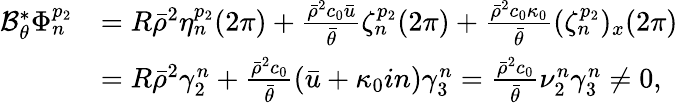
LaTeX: \begin{array}{rl}{\mathcal{B}_{\theta}^{*}\Phi_{n}^{p_{2}}}&{=R\bar{\rho}^{2}\eta_{n}^{p_{2}}(2\pi)+\frac{\bar{\rho}^{2}c_{0}\bar{u}}{\bar{\theta}}\zeta_{n}^{p_{2}}(2\pi)+\frac{\bar{\rho}^{2}c_{0}\kappa_{0}}{\bar{\theta}}(\zeta_{n}^{p_{2}})_{x}(2\pi)}\\ &{=R\bar{\rho}^{2}\gamma_{2}^{n}+\frac{\bar{\rho}^{2}c_{0}}{\bar{\theta}}(\bar{u}+\kappa_{0}in)\gamma_{3}^{n}=\frac{\bar{\rho}^{2}c_{0}}{\bar{\theta}}\nu_{2}^{n}\gamma_{3}^{n}\neq 0,}\end{array}